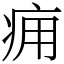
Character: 痈